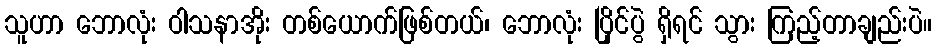
သူဟာ ဘောလုံး ဝါသနာအိုး တစ်ယောက်ဖြစ်တယ်၊ ဘောလုံး ပြိုင်ပွဲ ရှိရင် သွား ကြည့်တာချည်းပဲ။